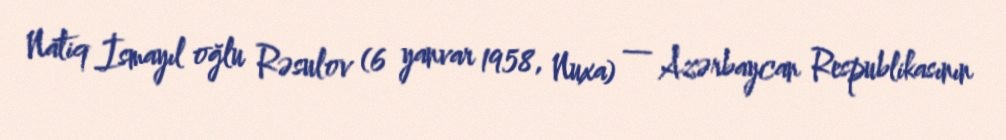
Natiq İsmayıl oğlu Rəsulov (6 yanvar 1958, Nuxa) — Azərbaycan Respublikasının